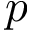
p